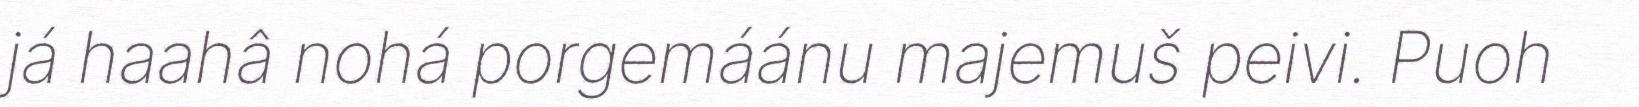
já haahâ nohá porgemáánu majemuš peivi. Puoh